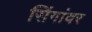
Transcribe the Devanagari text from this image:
सिंगांवर